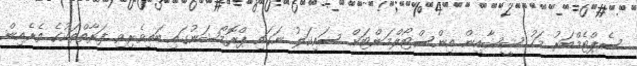
ސެޕްޓެމްބަރު މަހު ޝީޝާއިން އިންސްޓޯލްމަންޓަށް ސައިކަލު ނަގައި ޕްރޮމޯޝަނުގައި ބައިވެރިވި ފަރާތްތަކުގެ ތެރެއިން